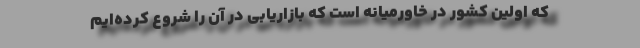
که اولین کشور در خاورمیانه است که بازاریابی در آن را شروع کرده‌ایم